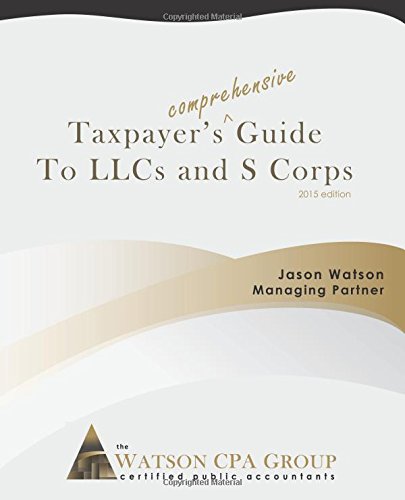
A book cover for Taxpayer's Comprehensive Guide to LLCs and S Corps: 2015 Edition; Jason Watson; Business & Money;